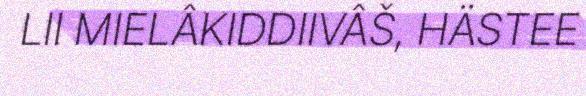
LII MIELÂKIDDIIVÂŠ, HÄSTEE